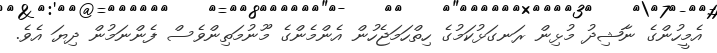
އެމީހުންގެ ނާޝިދު މުޅިން ރަނގަޅުކަމުގެ ހިތްހަމަޖެހުން އެންމެންގެ މޫނުމަތިންވެސް ފެންނަމުން ދިޔަ އެވެ.